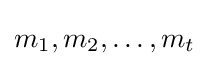
m_{1},m_{2},\dots ,m_{t}